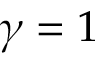
\gamma = 1